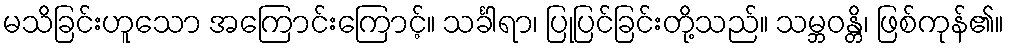
မသိခြင်းဟူသော အကြောင်းကြောင့်။ သင်္ခါရာ၊ ပြုပြင်ခြင်းတို့သည်။ သမ္ဘဝန္တိ၊ ဖြစ်ကုန်၏။